Annual report of the Punjab Veterinary College and of the Civil Veterinary Department, Punjab - 1909-1919
Year: 1909
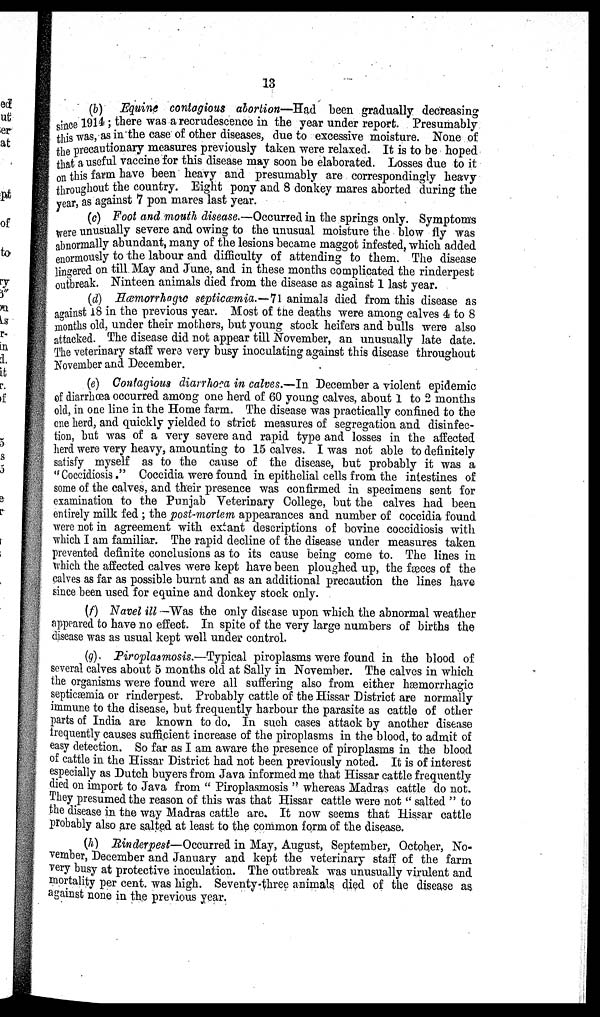
13
(b) Equine contagious abortion—Had been gradually decreasing
since 1914; there was a recrudescence in the year under report. Presumably
this was, as in the case of other diseases, due to excessive moisture. None of
the precautionary measures previously taken were relaxed. It is to be hoped
that a useful vaccine for this disease may soon be elaborated. Losses due to it
on this farm have been heavy and presumably are correspondingly heavy
throughout the country. Eight pony and 8 donkey mares aborted during the
year, as against 7 pon mares last year.
(c) Foot and mouth disease.—Occurred in the springs only. Symptoms
were unusually severe and owing to the unusual moisture the blow fly was
abnormally abundant, many of the lesions became maggot infested, which added
enormously to the labour and difficulty of attending to them. The disease
lingered on till May and June, and in these months complicated the rinderpest
outbreak. Ninteen animals died from the disease as against 1 last year.
(d) Hæmorrhagic septicæmia.—71 animals died from this disease as
against 18 in the previous year. Most of the deaths were among calves 4 to 8
months old, under their mothers, but young stock heifers and bulls were also
attacked. The disease did not appear till November, an unusually late date.
The veterinary staff were very busy inoculating against this disease throughout
November and December.
(e) Contagious diarrhoea in calves.—In December a violent epidemic
of diarrhœa occurred among one herd of 60 young calves, about 1 to 2 months
old, in one line in the Home farm. The disease was practically confined to the
one herd, and quickly yielded to strict measures of segregation and disinfec-
tion, but was of a very severe and rapid type and losses in the affected
herd were very heavy, amounting to 15 calves. I was not able to definitely
satisfy myself as to the cause of the disease, but probably it was a
" Coccidiosis." Coccidia were found in epithelial cells from the intestines of
some of the calves, and their presence was confirmed in specimens sent for
examination to the Punjab Veterinary College, but the calves had been
entirely milk fed ; the post-mortem appearances and number of coccidia found
were not in agreement with extant descriptions of bovine coccidiosis with
which I am familiar. The rapid decline of the disease under measures taken
prevented definite conclusions as to its cause being come to. The lines in
which the affected calves were kept have been ploughed up, the fæces of the
calves as far as possible burnt and as an additional precaution the lines have
since been used for equine and donkey stock only.
(f) Navel ill —Was the only disease upon which the abnormal weather
appeared to have no effect. In spite of the very large numbers of births the
disease was as usual kept well under control.
(g) Piroplasmosis.—Typical piroplasms were found in the blood of
several calves about 5 months old at Sally in November. The calves in which
the organisms were found were all suffering also from either hæmorrhagic
septicæmia or rinderpest. Probably cattle of the Hissar District are normally
immune to the disease, but frequently harbour the parasite as cattle of other
parts of India are known to do. In such cases attack by another disease
frequently causes sufficient increase of the piroplasms in the blood, to admit of
easy detection. So far as I am aware the presence of piroplasms in the blood
of cattle in the Hissar District had not been previously noted. It is of interest
especially as Dutch buyers from Java informed me that Hissar cattle frequently
died on import to Java from " Piroplasmosis " whereas Madras cattle do not.
They presumed the reason of this was that Hissar cattle were not " salted " to
the disease in the way Madras cattle are. It now seems that Hissar cattle
probably also are salted at least to the common form of the disease.
(h) Rinderpest—Occurred in May, August, September, October, No-
vember, December and January and kept the veterinary staff of the farm
very busy at protective inoculation. The outbreak was unusually virulent and
mortality per cent. was high. Seventy-three animals died of the disease as
against none in the previous year.